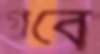
গবে